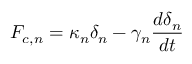
F _ { c , n } = \kappa _ { n } \delta _ { n } - \gamma _ { n } \frac { d \delta _ { n } } { d t }